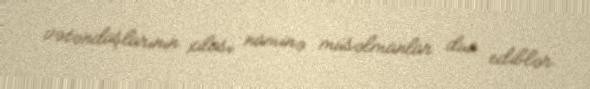
vətəndaşlarının xilası naminə müsəlmanlar dua ediblər.